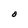
Character: O